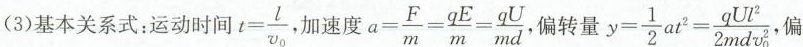
(3)基本关系式：运动时间 t= \frac{l}{\nu ___{0}} ，加速度 a= \frac{F}{m}= \frac{qE}{m}= \frac{qU}{md} 偏转量 y= \frac{1}{2}at^{2}= \frac{qUl^{2}}{2mdv_{0}^{2}} ，偏